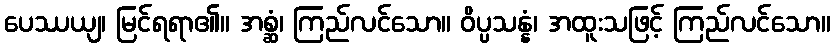
ပေဿယျ၊ မြင်ရရာ၏။ အစ္ဆံ၊ ကြည်လင်သော။ ဝိပ္ပသန္နံ၊ အထူးသဖြင့် ကြည်လင်သော။